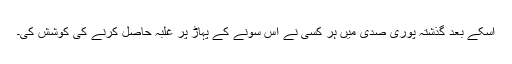
اسکے بعد گذشتہ پوری صدی میں ہر کسی نے اس سونے کے پہاڑ پر غلبہ حاصل کرنے کی کوشش کی۔